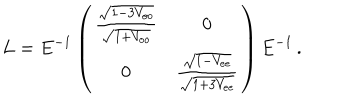
L = E ^ { - 1 } \left( \begin{array} { c c } { { \frac { \sqrt { 1 - 3 V _ { o o } } } { \sqrt { 1 + V _ { o o } } } } } & { { 0 } } \\ { { 0 } } & { { \frac { \sqrt { 1 - V _ { e e } } } { \sqrt { 1 + 3 V _ { e e } } } } } \\ \end{array} \right) E ^ { - 1 } \, .